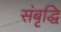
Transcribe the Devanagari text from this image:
संबृद्धि